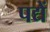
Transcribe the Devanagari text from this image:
पद्यें